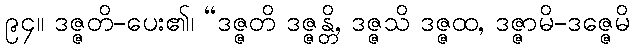
၉၄။ ဒဇ္ဇတိ-ပေး၏၊ “ဒဇ္ဇတိ ဒဇ္ဇန္တိ, ဒဇ္ဇသိ ဒဇ္ဇထ, ဒဇ္ဇာမိ-ဒဇ္ဇေမိ